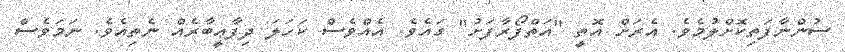
ސުންނާފަތިކޮށްލުމެވެ. އެރަށް އޮތީ "އަތްފޯރާފަށު" ގައެވެ. އެއްވެސް ކަހަލަ ދިފާޢީބާރެއް ނެތިއެވެ. ނަމަވެސް